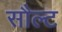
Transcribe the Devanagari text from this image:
सौल्ट